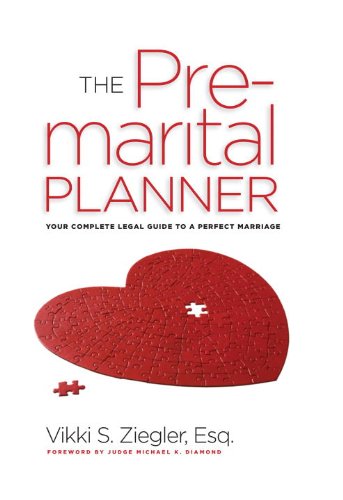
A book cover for The PreMarital Planner: A Complete Legal Guide; Vikki Ziegler Esq.; Law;